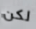
لكن